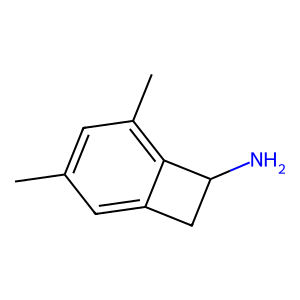
SMILES: Cc1cc(C)c2c(c1)CC2N
Inhibits HIV replication: No